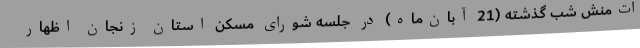
ات‌منش شب گذشته (21 آبان‌ماه) در جلسه شورای مسکن استان زنجان اظهار